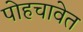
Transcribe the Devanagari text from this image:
पोहचावेत